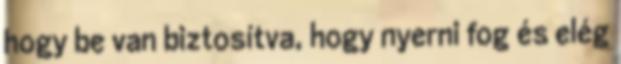
hogy be van biztosítva, hogy nyerni fog és elég